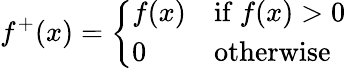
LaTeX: f^{+}(x)=\left\{ {\begin{array}{ll}{f(x)}&{{\mathrm{if~}}f(x)>0}\\ {0}&{{\mathrm{otherwise}}}\end{array}}\right.